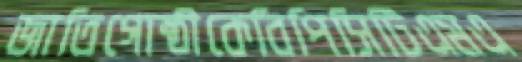
জাতিগোষ্ঠীকেবিপিসিটিএমএ